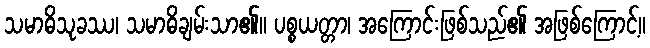
သမာဓိသုခဿ၊ သမာဓိချမ်းသာ၏။ ပစ္စယတ္တာ၊ အကြောင်းဖြစ်သည်၏ အဖြစ်ကြောင့်။